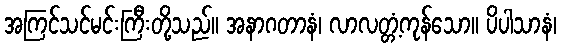
အကြင်သင်မင်းကြီးတို့သည်။ အနာဂတာနံ၊ လာလတ္တံ့ကုန်သော။ ပိပါသာနံ၊